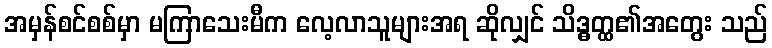
အမှန်စင်စစ်မှာ မကြာသေးမီက လေ့လာသူများအရ ဆိုလျှင် သိဒ္ဓတ္ထ၏အတွေး သည်